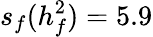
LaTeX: s_{f}(h_{f}^{2})=5.9